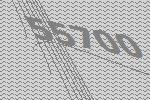
55700